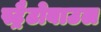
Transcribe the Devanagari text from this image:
स्ट्रैटोबाउल